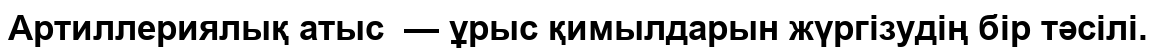
Артиллериялық атыс  — ұрыс қимылдарын жүргізудің бір тәсілі.